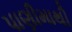
પાણીમાથી